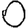
Digit: 0